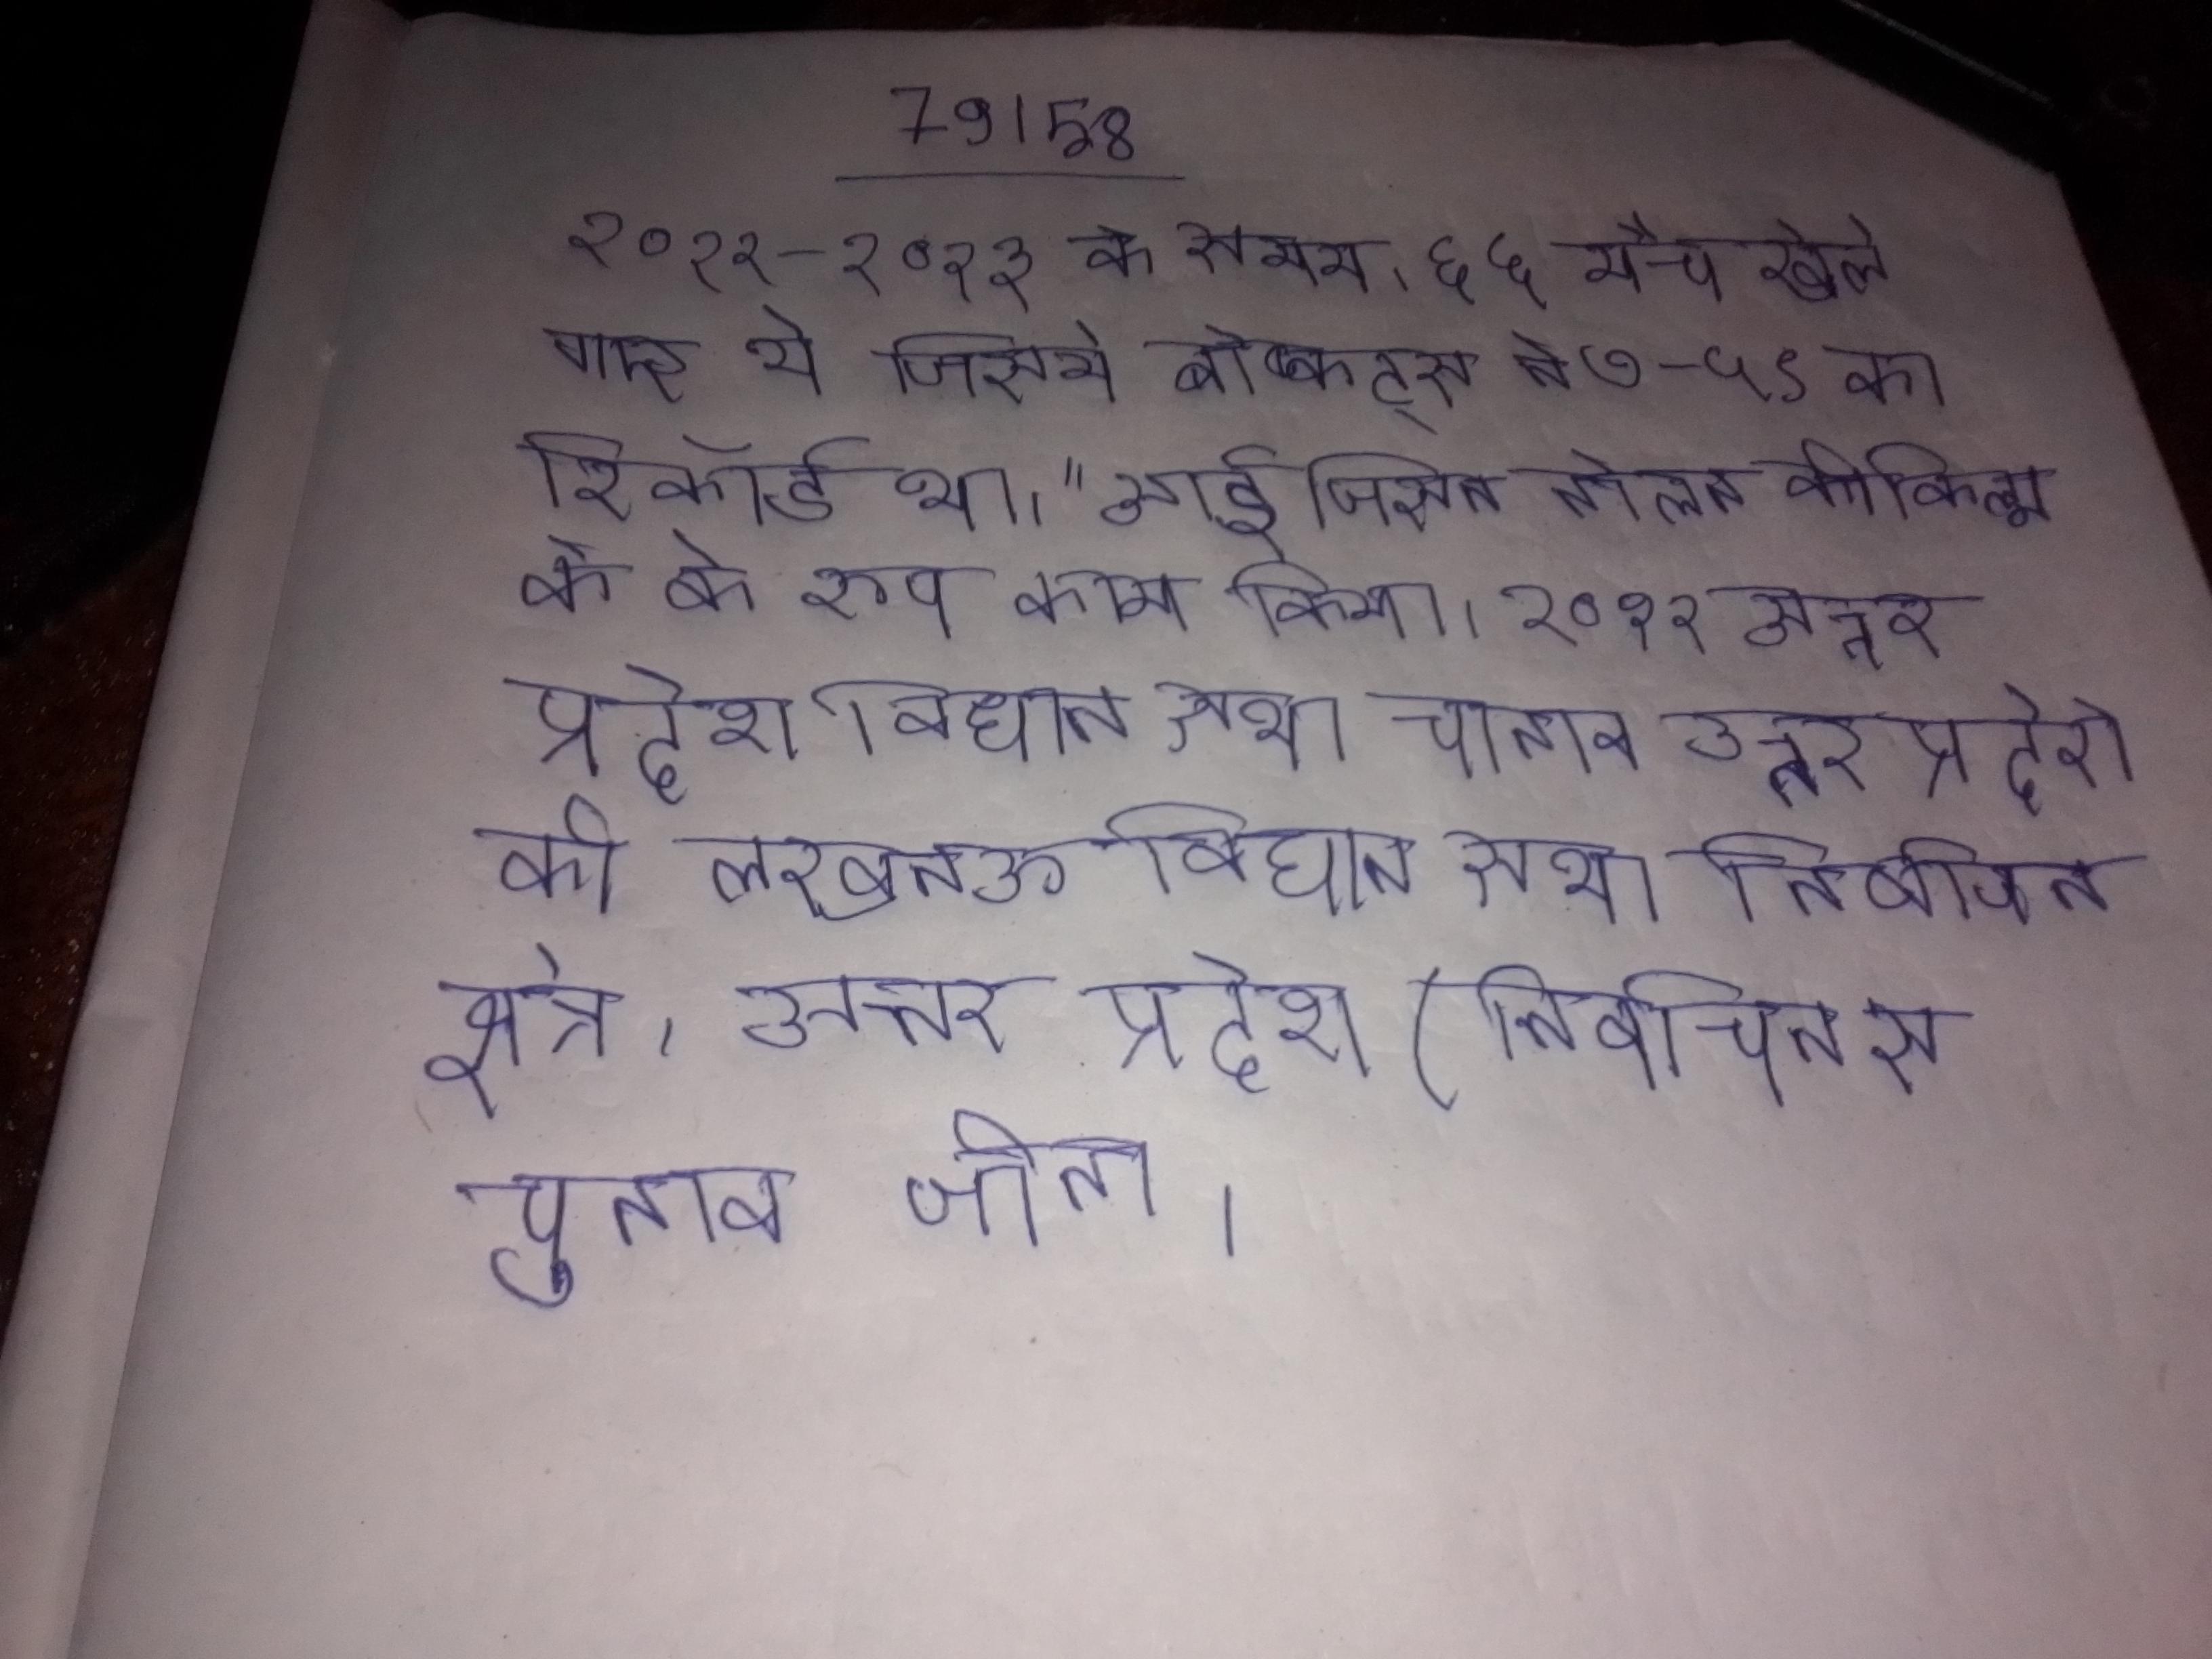
२०१२-२०१३ के समय, ६६ मैच खेले गए थे जिसमे बोब्कट्स ने ७-५९ का रिकॉर्ड बनाया था । " आई जिसने नोलन की फिल्म के के रूप काम किया । २०१२ उत्तर प्रदेश विधान सभा चुनाव उत्तर प्रदेश की लखनऊ विधान सभा निर्वाचन क्षेत्र, उत्तर प्रदेश (निर्वाचन से चुनाव जीता ।